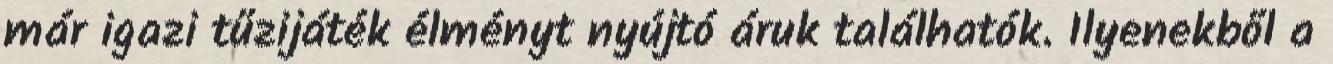
már igazi tűzijáték élményt nyújtó áruk találhatók. Ilyenekből a